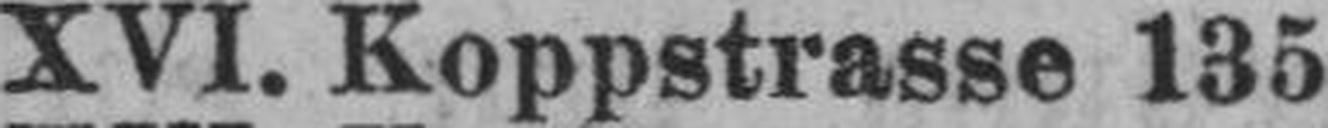
XVI. Koppstrasse 135